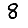
Digit: 8